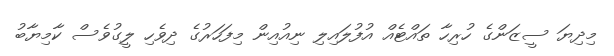
މިދިޔަ ސީޒަންގެ ހުރިހާ ތައްޓެއް އުފުލައިލި ނިއުއިން މިފަހަރުގެ ދިވެހި ލީގުވެސް ކާމިޔާބު